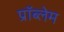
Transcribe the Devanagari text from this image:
प्राॅब्लेम